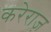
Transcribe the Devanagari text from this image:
करेराज़